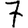
Digit: 7